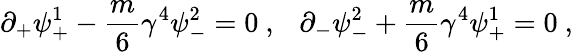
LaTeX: \partial_{+}\psi_{+}^{1}-\frac{m}{6}\gamma^{4}\psi_{-}^{2}=0~,~~~\partial_{-}\psi_{-}^{2}+\frac{m}{6}\gamma^{4}\psi_{+}^{1}=0~,